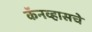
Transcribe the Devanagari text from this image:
कॅनव्हासचे